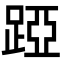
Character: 𨁶